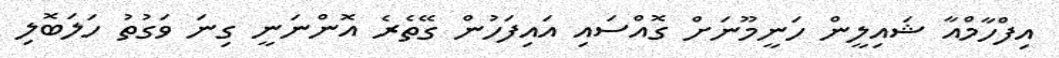
އިފްހާމްއާ ޝައިލީން ހަނީމޫނަށް ގޮއްސައި އައިފަހުން ގޭތެރެ އޮންނަނީ ގިނަ ވަގުތު ހަލަބޮލި